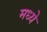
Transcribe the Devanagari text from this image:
मध्येे